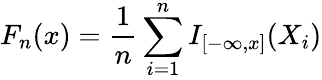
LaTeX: F_{n}(x)={\frac{1}{n}}\sum_{i=1}^{n}I_{[-\infty,x]}(X_{i})